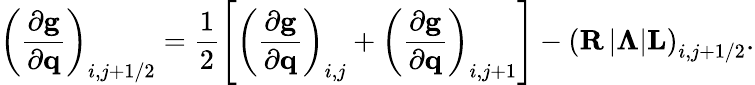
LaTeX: \left(\frac{\partial\mathbf{g}}{\partial\mathbf{q}}\right)_{i,j+1/2}=\frac{1}{2}\left[\left(\frac{\partial\mathbf{g}}{\partial\mathbf{q}}\right)_{i,j}+\left(\frac{\partial\mathbf{g}}{\partial\mathbf{q}}\right)_{i,j+1}\right]-\left(\mathbf{R}\left|\boldsymbol{\Lambda}\right|\mathbf{L}\right)_{i,j+1/2}.